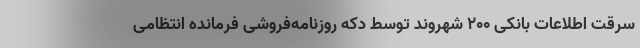
سرقت اطلاعات بانکی ۲۰۰ شهروند توسط دکه روزنامه‌فروشی فرمانده انتظامی